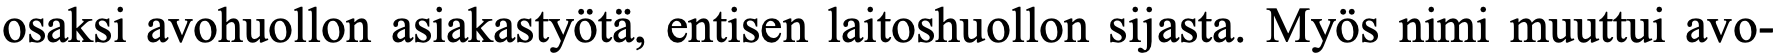
osaksi avohuollon asiakastyötä, entisen laitoshuollon sijasta. Myös nimi muuttui avo-